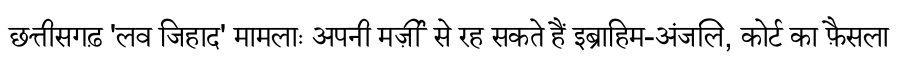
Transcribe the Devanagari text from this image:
छत्तीसगढ़ 'लव जिहाद' मामलाः अपनी मर्ज़ी से रह सकते हैं इब्राहिम-अंजलि, कोर्ट का फ़ैसला